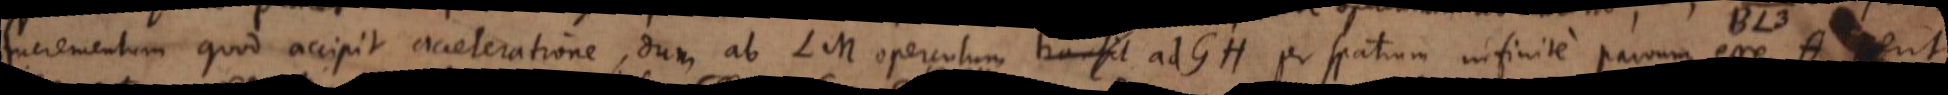
incrementum quod accipit acceleratione, dum ab LM operculum transit ad GH per spatium infinite parvum, esse Θ, erit